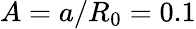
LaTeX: A=a/R_{0}=0.1